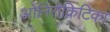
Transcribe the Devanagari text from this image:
ओनिरोक्रिटिका